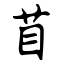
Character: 苜